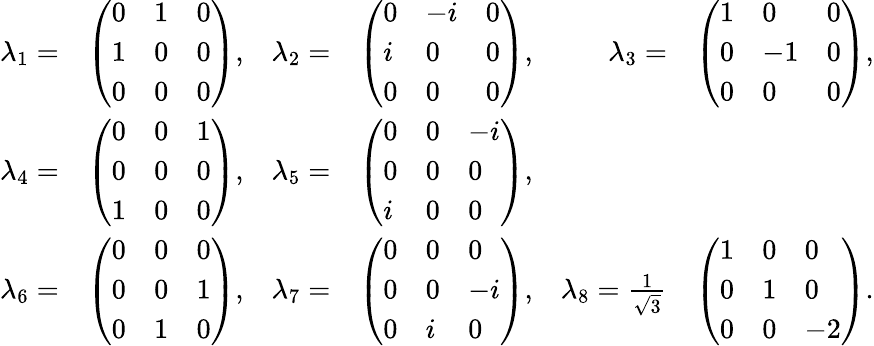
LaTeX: {\begin{array}{rlrlrl}{\lambda_{1}=}&{{\left(\begin{array}{lll}{0}&{1}&{0}\\ {1}&{0}&{0}\\ {0}&{0}&{0}\end{array}\right)},}&{\lambda_{2}=}&{{\left(\begin{array}{lll}{0}&{-i}&{0}\\ {i}&{0}&{0}\\ {0}&{0}&{0}\end{array}\right)},}&{\lambda_{3}=}&{{\left(\begin{array}{lll}{1}&{0}&{0}\\ {0}&{-1}&{0}\\ {0}&{0}&{0}\end{array}\right)},}\\ {\lambda_{4}=}&{{\left(\begin{array}{lll}{0}&{0}&{1}\\ {0}&{0}&{0}\\ {1}&{0}&{0}\end{array}\right)},}&{\lambda_{5}=}&{{\left(\begin{array}{lll}{0}&{0}&{-i}\\ {0}&{0}&{0}\\ {i}&{0}&{0}\end{array}\right)},}\\ {\lambda_{6}=}&{{\left(\begin{array}{lll}{0}&{0}&{0}\\ {0}&{0}&{1}\\ {0}&{1}&{0}\end{array}\right)},}&{\lambda_{7}=}&{{\left(\begin{array}{lll}{0}&{0}&{0}\\ {0}&{0}&{-i}\\ {0}&{i}&{0}\end{array}\right)},}&{\lambda_{8}={\frac{1}{\sqrt{3}}}}&{{\left(\begin{array}{lll}{1}&{0}&{0}\\ {0}&{1}&{0}\\ {0}&{0}&{-2}\end{array}\right)}.}\end{array}}